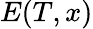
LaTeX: E(T,x)